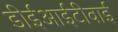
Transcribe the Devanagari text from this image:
डीईआईटीवाई